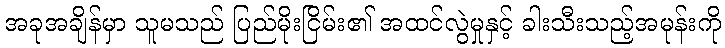
အခုအချိန်မှာ သူမသည် ပြည်မိုးငြိမ်း၏ အထင်လွဲမှုနှင့် ခါးသီးသည့်အမုန်းကို